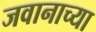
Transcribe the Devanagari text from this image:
जवानाच्या